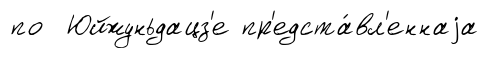
по Юйжуньдацз'е пр'едста́вл'еннаjа